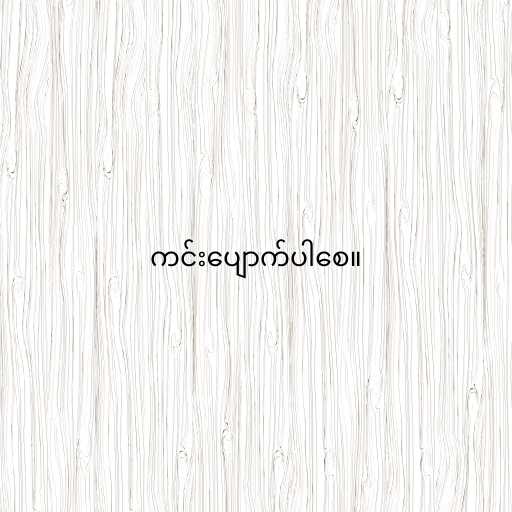
ကင်းပျောက်ပါစေ။